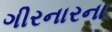
ગીરનારના